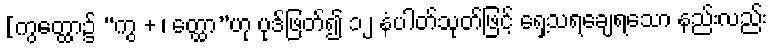
[ကွတ္ထော၌ “ကွ + ၊ တ္ထော”ဟု ပုဒ်ဖြတ်၍ ၁၂ နံပါတ်သုတ်ဖြင့် ရှေ့သရချေရသော နည်းလည်း